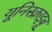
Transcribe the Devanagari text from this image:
यूनिस्क्राइबू